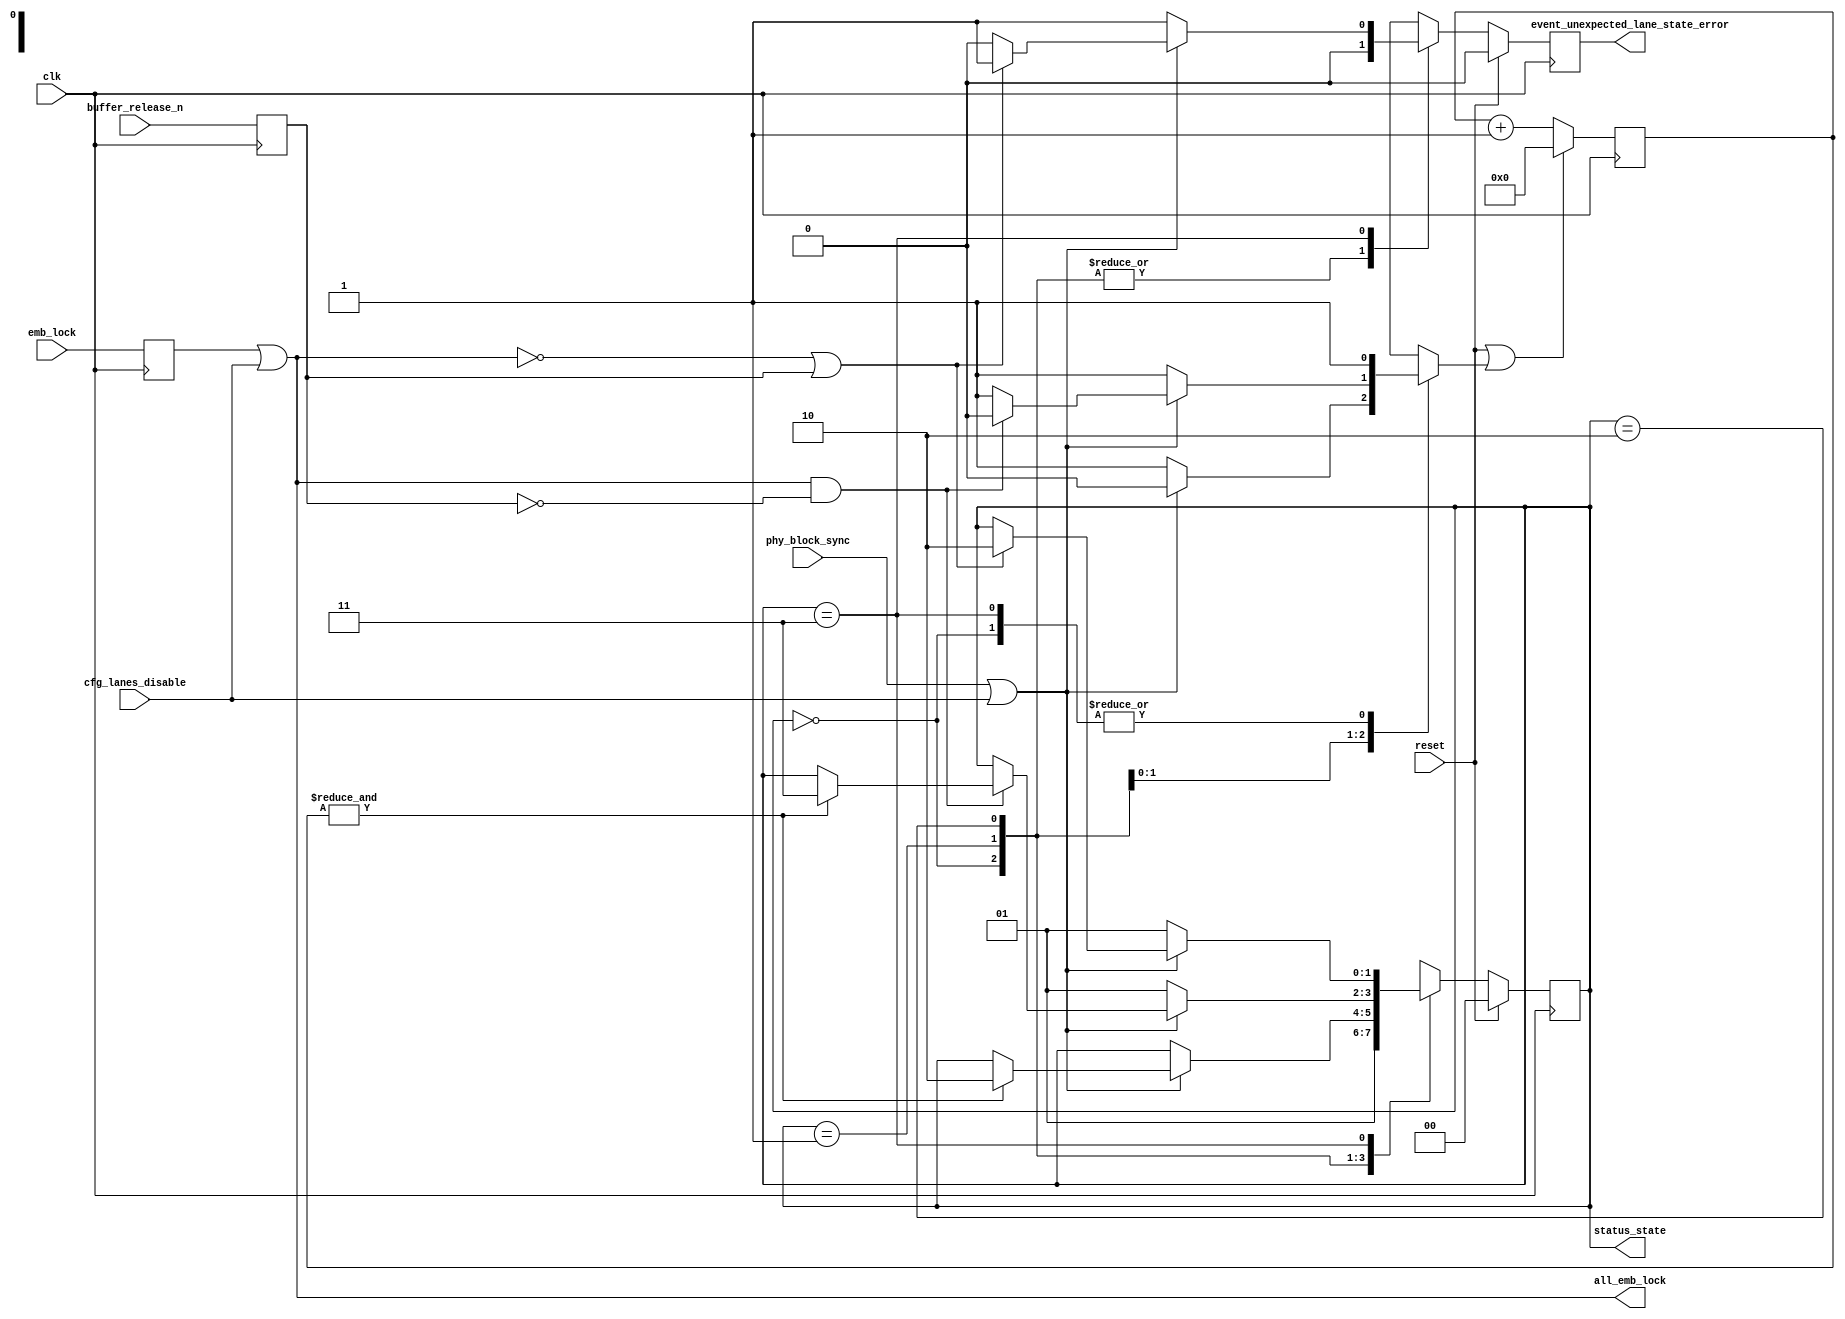
// ***************************************************************************
// ***************************************************************************
// Copyright (C) 2017, 2018, 2020-2022 Analog Devices, Inc. All rights reserved.
// SPDX short identifier: ADIJESD204
// ***************************************************************************
// ***************************************************************************

`timescale 1ns/100ps

module jesd204_rx_ctrl_64b #(
  parameter NUM_LANES = 1
) (
  input clk,
  input reset,

  input [NUM_LANES-1:0] cfg_lanes_disable,

  input [NUM_LANES-1:0] phy_block_sync,

  input [NUM_LANES-1:0] emb_lock,

  output all_emb_lock,
  input buffer_release_n,

  output [1:0] status_state,
  output reg event_unexpected_lane_state_error
);

  localparam STATE_RESET = 2'b00;
  localparam STATE_WAIT_BS = 2'b01;
  localparam STATE_BLOCK_SYNC = 2'b10;
  localparam STATE_DATA = 2'b11;

  reg [1:0] state = STATE_RESET;
  reg [1:0] next_state;
  reg [5:0] good_cnt;
  reg rst_good_cnt;
  reg event_unexpected_lane_state_error_nx;

  wire [NUM_LANES-1:0] phy_block_sync_masked;
  wire [NUM_LANES-1:0] emb_lock_masked;
  wire all_block_sync;

  reg [NUM_LANES-1:0] emb_lock_d = {NUM_LANES{1'b0}};
  reg buffer_release_d_n = 1'b1;

  always @(posedge clk) begin
    emb_lock_d <= emb_lock;
    buffer_release_d_n <= buffer_release_n;
  end

  assign phy_block_sync_masked = phy_block_sync | cfg_lanes_disable;
  assign emb_lock_masked = emb_lock_d | cfg_lanes_disable;

  assign all_block_sync = &phy_block_sync_masked;
  assign all_emb_lock = &emb_lock_masked;

  always @(*) begin
    next_state = state;
    rst_good_cnt = 1'b1;
    event_unexpected_lane_state_error_nx = 1'b0;
    case (state)
      STATE_RESET:
        next_state = STATE_WAIT_BS;
      STATE_WAIT_BS:
        if (all_block_sync) begin
          rst_good_cnt = 1'b0;
          if (&good_cnt) begin
            next_state = STATE_BLOCK_SYNC;
          end
        end
      STATE_BLOCK_SYNC:
        if (~all_block_sync) begin
          next_state = STATE_WAIT_BS;
        end else if (all_emb_lock & ~buffer_release_d_n) begin
          rst_good_cnt = 1'b0;
          if (&good_cnt) begin
            next_state = STATE_DATA;
          end
        end
      STATE_DATA:
        if (~all_block_sync) begin
          next_state = STATE_WAIT_BS;
          event_unexpected_lane_state_error_nx = 1'b1;
        end else if (~all_emb_lock | buffer_release_d_n) begin
          next_state = STATE_BLOCK_SYNC;
          event_unexpected_lane_state_error_nx = 1'b1;
        end
    endcase
  end

  // Wait n consecutive valid cycles before jumping into next state
  always @(posedge clk) begin
    if (reset || rst_good_cnt) begin
      good_cnt <= 'h0;
    end else begin
      good_cnt <= good_cnt + 1;
    end
  end

  always @(posedge clk) begin
    if (reset == 1'b1) begin
      state <= STATE_RESET;
    end else begin
      state <= next_state;
    end
  end

  always @(posedge clk) begin
    if (reset == 1'b1) begin
      event_unexpected_lane_state_error <= 1'b0;
    end else begin
      event_unexpected_lane_state_error <= event_unexpected_lane_state_error_nx;
    end
  end

  assign status_state = state;

endmodule